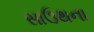
સાઉથના